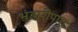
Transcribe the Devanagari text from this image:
भंडारीपारा